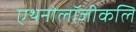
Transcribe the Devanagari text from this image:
एथनोलॉजीकलि